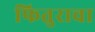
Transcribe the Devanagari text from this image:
फितुराचा